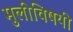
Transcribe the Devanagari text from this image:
मुलींविषयी